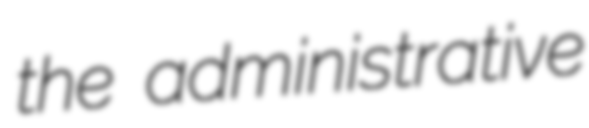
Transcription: the administrative